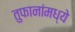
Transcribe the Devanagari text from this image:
तुफानांमध्ये